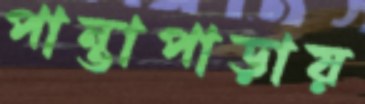
পান্তাপাড়ায়